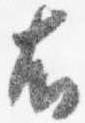
右